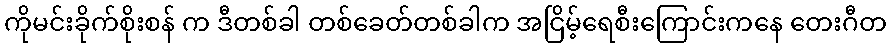
ကိုမင်းခိုက်စိုးစန် က ဒီတစ်ခါ တစ်ခေတ်တစ်ခါက အငြိမ့်ရေစီးကြောင်းကနေ တေးဂီတ